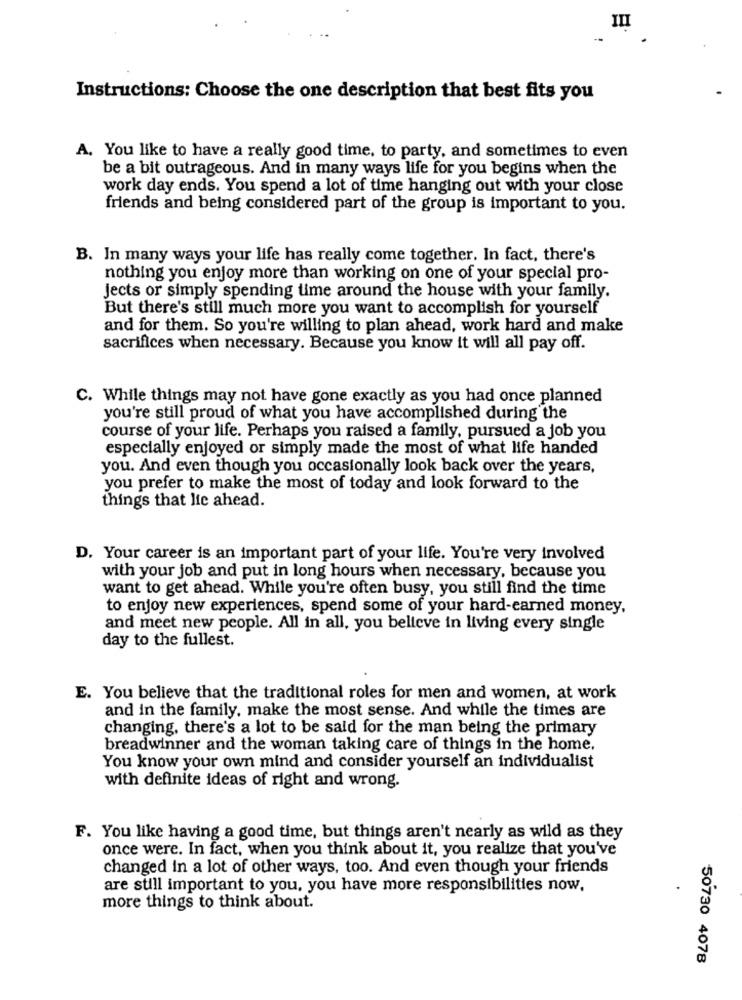
III
Instructions: Choose the one description that best fits you
A. You like to have a really good time, to party, and sometimes to even
be a bit outrageous. And in many ways life for you begins when the
work day ends. You spend a lot of time hanging out with your close
friends and being considered part of the group is important to you.
B. In many ways your life has really come together. In fact, there's
nothing you enjoy more than working on one of your special pro-
Jects or simply spending time around the house with your family.
But there's still much more you want to accomplish for yourself
and for them. So you're willing to plan ahead, work hard and make
sacrifices when necessary. Because you know it will all pay off.
C. While things may not have gone exactly as you had once planned
you're still proud of what you have accomplished during the
course of your life. Perhaps you raised a family, pursued a job you
especially enjoyed or simply made the most of what life handed
you. And even though you occasionally look back over the years,
you prefer to make the most of today and look forward to the
things that lic ahead.
D. Your career is an important part of your life. You're very involved
with your job and put in long hours when necessary, because you
want to get ahead. While you're often busy, you still find the time
to enjoy new experiences, spend some of your hard-earned money,
and meet new people. All in all, you believe in living every single
day to the fullest.
E. You believe that the traditional roles for men and women, at work
and in the family, make the most sense. And while the times are
changing, there's a lot to be said for the man being the primary
breadwinner and the woman taking care of things in the home.
You know your own mind and consider yourself an individualist
with definite ideas of right and wrong.
F. You like having a good time, but things aren't nearly as wild as they
once were. In fact, when you think about it, you realize that you've
changed in a lot of other ways, too. And even though your friends
are still important to you, you have more responsibilities now,
more things to think about.
50730 4078